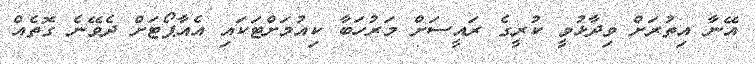
އޭނާ އިތުރަށް ވިދާޅުވީ ކުރީގެ ރައީސަށް މަރުހަބާ ކިއުމަށްޓަކައި އެއާޕޯޓަށް ދެވޭނެ ގޮތެއް